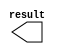
// megafunction wizard: %LPM_CONSTANT%VBB%
// GENERATION: STANDARD
// VERSION: WM1.0
// MODULE: LPM_CONSTANT 

// ============================================================
// Megafunction Name(s):
// 			LPM_CONSTANT
//
// Simulation Library Files(s):
// 			lpm
// ============================================================
// ************************************************************
// THIS IS A WIZARD-GENERATED FILE. DO NOT EDIT THIS FILE!
//
// 13.0.1 Build 232 06/12/2013 SP 1 SJ Full Version
// ************************************************************

//Copyright (C) 1991-2013 Altera Corporation
//Your use of Altera Corporation's design tools, logic functions 
//and other software and tools, and its AMPP partner logic 
//functions, and any output files from any of the foregoing 
//(including device programming or simulation files), and any 
//associated documentation or information are expressly subject 
//to the terms and conditions of the Altera Program License 
//Subscription Agreement, Altera MegaCore Function License 
//Agreement, or other applicable license agreement, including, 
//without limitation, that your use is for the sole purpose of 
//programming logic devices manufactured by Altera and sold by 
//Altera or its authorized distributors.  Please refer to the 
//applicable agreement for further details.

module lpm_constant2 (
	result);

	output	[19:0]  result;

endmodule

// ============================================================
// CNX file retrieval info
// ============================================================
// Retrieval info: PRIVATE: INTENDED_DEVICE_FAMILY STRING "Cyclone III"
// Retrieval info: PRIVATE: JTAG_ENABLED NUMERIC "0"
// Retrieval info: PRIVATE: JTAG_ID STRING "NONE"
// Retrieval info: PRIVATE: Radix NUMERIC "10"
// Retrieval info: PRIVATE: SYNTH_WRAPPER_GEN_POSTFIX STRING "0"
// Retrieval info: PRIVATE: Value NUMERIC "100000"
// Retrieval info: PRIVATE: nBit NUMERIC "20"
// Retrieval info: PRIVATE: new_diagram STRING "1"
// Retrieval info: LIBRARY: lpm lpm.lpm_components.all
// Retrieval info: CONSTANT: LPM_CVALUE NUMERIC "100000"
// Retrieval info: CONSTANT: LPM_HINT STRING "ENABLE_RUNTIME_MOD=NO"
// Retrieval info: CONSTANT: LPM_TYPE STRING "LPM_CONSTANT"
// Retrieval info: CONSTANT: LPM_WIDTH NUMERIC "20"
// Retrieval info: USED_PORT: result 0 0 20 0 OUTPUT NODEFVAL "result[19..0]"
// Retrieval info: CONNECT: result 0 0 20 0 @result 0 0 20 0
// Retrieval info: GEN_FILE: TYPE_NORMAL lpm_constant2.v TRUE
// Retrieval info: GEN_FILE: TYPE_NORMAL lpm_constant2.inc FALSE
// Retrieval info: GEN_FILE: TYPE_NORMAL lpm_constant2.cmp FALSE
// Retrieval info: GEN_FILE: TYPE_NORMAL lpm_constant2.bsf TRUE FALSE
// Retrieval info: GEN_FILE: TYPE_NORMAL lpm_constant2_inst.v FALSE
// Retrieval info: GEN_FILE: TYPE_NORMAL lpm_constant2_bb.v TRUE
// Retrieval info: LIB_FILE: lpm